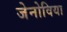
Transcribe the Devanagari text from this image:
जेनोविया